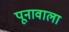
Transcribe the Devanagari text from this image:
पूनावाला